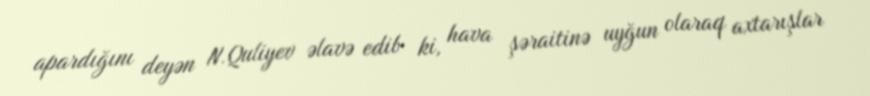
apardığını deyən N.Quliyev əlavə edib ki, hava şəraitinə uyğun olaraq axtarışlar